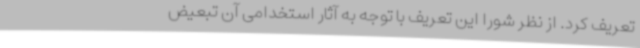
تعریف کرد. از نظر شورا این تعریف با توجه به آثار استخدامی آن تبعیض